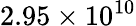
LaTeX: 2.95\times 10^{10}